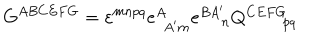
LaTeX: G ^ { A B C E F G } = \varepsilon ^ { m n p q } e _ { \ \, A ^ { \prime } m } ^ { A } e _ { \quad \, n } ^ { B A ^ { \prime } } Q _ { \qquad p q } ^ { C E F G } \label B